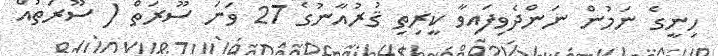
ހިނީގެ ނަމުން ނަންދެވިފައިވާ ކީރިތި ޤުރުއާނުގެ 27 ވަނަ ސޫރަތް ( ސޫރަތުއް